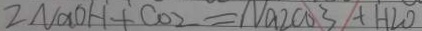
2 N a O H + C O _ { 2 } = N a 2 c o 3 + H _ { 2 } O